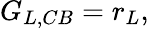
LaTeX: G_{L,CB}=r_{L},